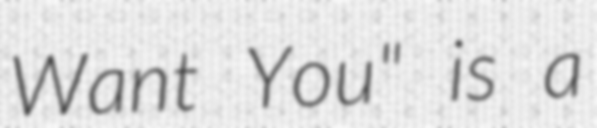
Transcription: Want You" is a